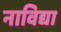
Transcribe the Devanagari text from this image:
नाविद्या